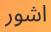
اشور